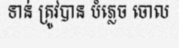
ទាន់ ត្រូវបាន បំភ្លេច ចោល